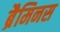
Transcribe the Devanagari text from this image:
ब्रैमिनस